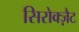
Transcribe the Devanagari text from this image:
सिरोक्ज़ैट